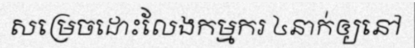
សម្រេចដោះលែងកម្មករ ៤នាក់ឲ្យនៅ